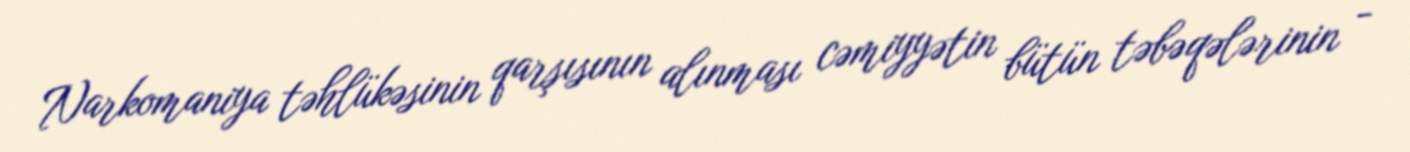
Narkomaniya təhlükəsinin qarşısının alınması cəmiyyətin bütün təbəqələrinin -